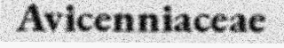
Avicenniaceae